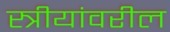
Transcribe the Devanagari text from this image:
स्त्रीयांवरील